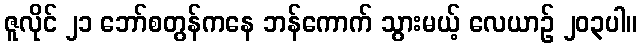
ဇူလိုင် ၂၁ ဘော်စတွန်ကနေ ဘန်ကောက် သွားမယ့် လေယာဉ် ၂၀၃ပါ။